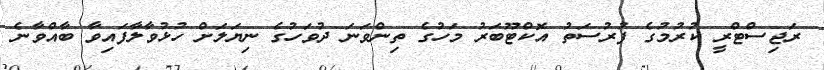
ރަޖިސްޓްރީ ކުރުމުގެ ފުރުސަތު އޮކްޓޫބަރު މަހުގެ ތިންވަނަ ދުވަހުގެ ނިޔަލަށް ހުޅުވާލާފައިވާ ބާއްވާނެ